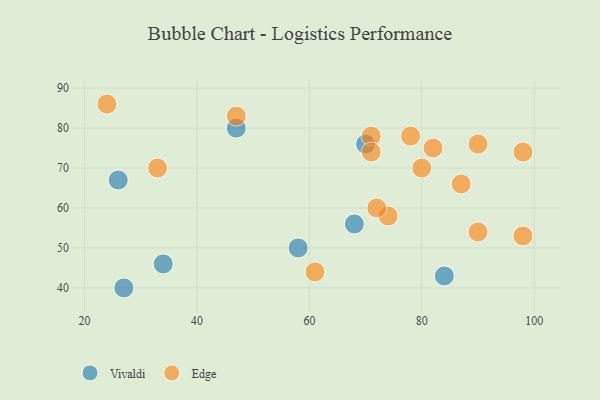
{"axis": {"x": "GDP", "y": "Life Expectancy"}, "legend": ["Edge", "Vivaldi"], "data": [{"x": "34", "y": 46, "type": "Vivaldi"}, {"x": "84", "y": 43, "type": "Vivaldi"}, {"x": "58", "y": 50, "type": "Vivaldi"}, {"x": "70", "y": 76, "type": "Vivaldi"}, {"x": "68", "y": 56, "type": "Vivaldi"}, {"x": "47", "y": 80, "type": "Vivaldi"}, {"x": "26", "y": 67, "type": "Vivaldi"}, {"x": "27", "y": 40, "type": "Vivaldi"}, {"x": "74", "y": 58, "type": "Edge"}, {"x": "98", "y": 53, "type": "Edge"}, {"x": "87", "y": 66, "type": "Edge"}, {"x": "71", "y": 78, "type": "Edge"}, {"x": "90", "y": 54, "type": "Edge"}, {"x": "80", "y": 70, "type": "Edge"}, {"x": "72", "y": 60, "type": "Edge"}, {"x": "90", "y": 76, "type": "Edge"}, {"x": "71", "y": 74, "type": "Edge"}, {"x": "24", "y": 86, "type": "Edge"}, {"x": "33", "y": 70, "type": "Edge"}, {"x": "82", "y": 75, "type": "Edge"}, {"x": "47", "y": 83, "type": "Edge"}, {"x": "98", "y": 74, "type": "Edge"}, {"x": "78", "y": 78, "type": "Edge"}, {"x": "61", "y": 44, "type": "Edge"}]}